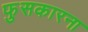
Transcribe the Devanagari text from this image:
फुसकारना